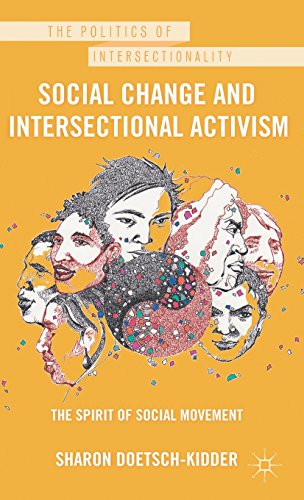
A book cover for Social Change and Intersectional Activism: The Spirit of Social Movement (The Politics of Intersectionality); Sharon Doetsch-Kidder; Gay & Lesbian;